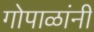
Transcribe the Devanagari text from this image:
गोपाळांनी